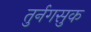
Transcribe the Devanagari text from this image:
तुर्नगसुक